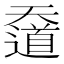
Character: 𡚑